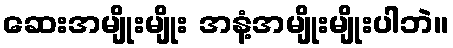
ဆေးအမျိုးမျိုး အနံ့အမျိုးမျိုးပါဘဲ။